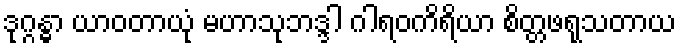
ဒုဂ္ဂန္ဓာ ယာဝတာယုံ မဟာသုဘဒ္ဒါ ဂါရဝကိရိယာ စိတ္တဖရုသတာယ